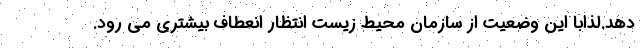
دهد.لذابا این وضعیت از سازمان محیط زیست انتظار انعطاف بیشتری می رود.